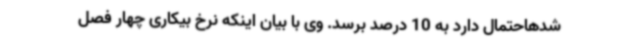
شدهاحتمال دارد به 10 درصد برسد. وی با بیان اینکه نرخ بیکاری چهار فصل